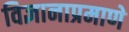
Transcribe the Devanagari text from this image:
विज्ञानाप्रमाणे